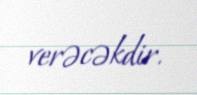
verəcəkdir.